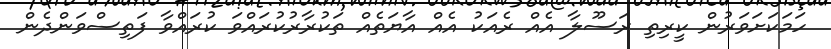
ހަމަކަށަވަރުން ކީރިތި ރަސޫލާ އެއް ރެއަކު އެއް އާޔަތެއް ތަކުރާރުކުރައްވަ ކުރައްވާ ފަތިސްވަންދެން